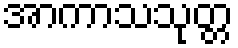
အာကာသသုတ္တ